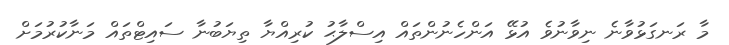
މާ ރަނގަޅުވާނެ ނިވާނުވެ އުޅޭ އަންހެނުންތައް އިސްލާޙު ކުރިއްޔާ ތިޔަބުނާ ސައިޓްތައް މަނާކުރުމަށް